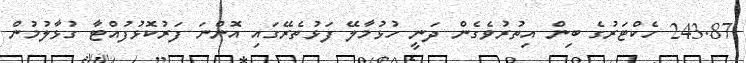
243.87 ހެކްޓަރުގެ ބިން އިތުރުވެގެން ދަނީ ހުޅުމާލޭ ފަޅުތެރޭގައި އޮންނަ ފަރުކޮޅުފުއްޓާ ގުޅާލުމުން